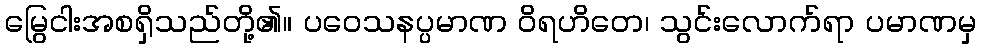
မြွေငါးအစရှိသည်တို့၏။ ပဝေသနပ္ပမာဏ ဝိရဟိတေ၊ သွင်းလောက်ရာ ပမာဏမှ